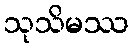
သုသိမဿ